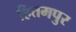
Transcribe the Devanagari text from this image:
हितमपुर